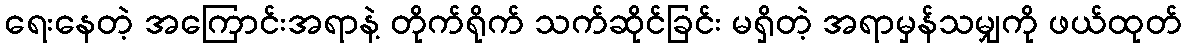
ရေးနေတဲ့ အကြောင်းအရာနဲ့ တိုက်ရိုက် သက်ဆိုင်ခြင်း မရှိတဲ့ အရာမှန်သမျှကို ဖယ်ထုတ်